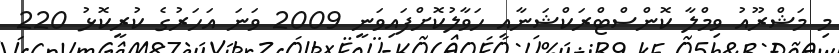
މި މަޝްރޫއު ވިމްލާ ކޮންސްޓްރަކްޝަނާއި ހަވާލުކޮށްފައިވަނީ 2009 ވަނަ އަހަރުގެ ކުރީކޮޅު 220